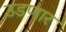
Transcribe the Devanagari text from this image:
उडणार